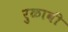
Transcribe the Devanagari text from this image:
रुळावी